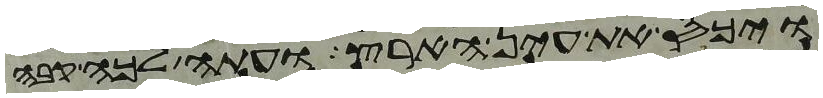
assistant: ויכס את עין הארץ ועתה לכה קבה